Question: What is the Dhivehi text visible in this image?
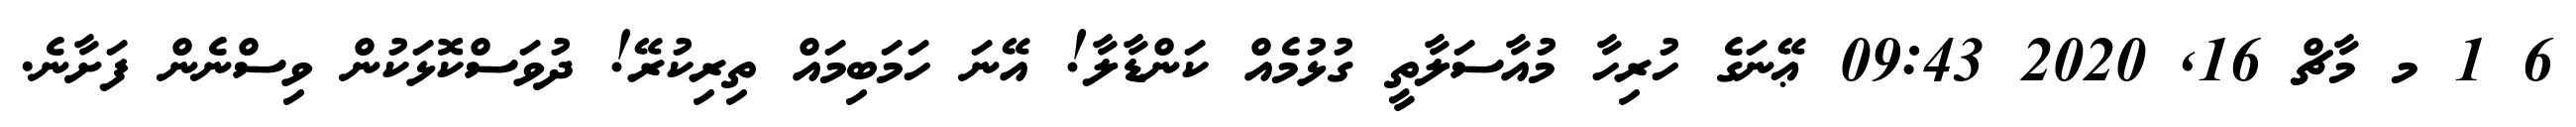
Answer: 6 1 މ މާޗް 16, 2020 09:43 ޢޭނަގެ ހުރިހާ މުއާސަލާތީ ގުޅުމެއް ކަންޑާލާ! އޭނަ ހަމަބިމައް ތިރިކުރޭ! ދުވަސްކޮޅަކުން ވިސްނެން ފަށާނެ.